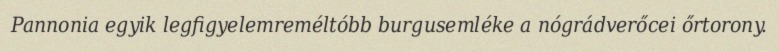
Pannonia egyik legfigyelemreméltóbb burgusemléke a nógrádverőcei őrtorony.